Lunatic asylums Punjab 1895-1910 - 1895-1910
Year: 1895
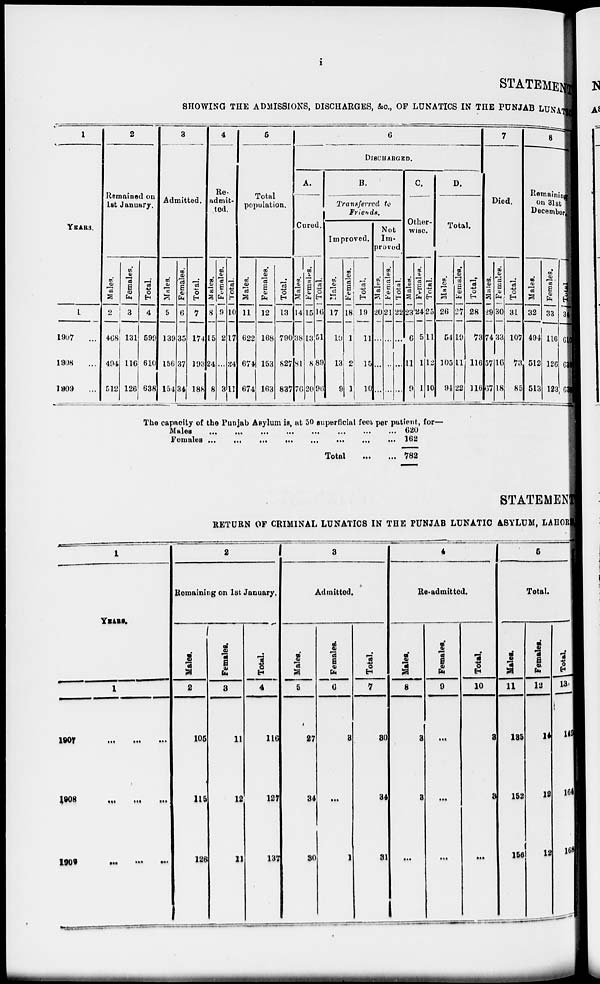
i
STATEMENT
SHOWING THE ADMISSIONS, DISCHARGES, &c., OF LUNATICS IN THE PUNJAB LUNATIC
1
YEARS.
1
1907...
l908...
1909...
2
Remained on
1st January.
Males.
2
468
494
512
Females.
3
131
116
126
Total.
4
599
610
638
3
Admitted.
Males.
5
139
156
154
Females.
6
35
37
34
Total.
7
174
193
188
4
Re-
admit-
ted.
Males.
8
15
24
8
Females.
9
2
...
3
Total.
10
17
24
11
5
Total
population.
Males.
11
622
674
674
Females.
12
168
153
163
Total.
13
790
827
837
6
DISCHARGED.
A.
Cured.
Males.
14
38
8l
76
Females.
15
13
8
20
Total.
16
51
89
96
B.
Transferred to
Friends.
Improved.
Males.
17
10
13
9
Females.
18
1
2
1
Total.
19
11
15
10
Not
Im-
proved
Males.
20
...
...
...
Females.
21
...
...
...
Total.
22
...
...
...
C.
Other-
wise.
Males.
23
6
11
9
Females.
24
5
1
1
Total.
25
11
12
10
D.
Total.
Males.
26
54
105
94
Females.
27
19
11
22
Total.
28
73
116
116
7
Died.
Males.
29
74
57
67
Females.
30
33
16
18
Total.
31
107
73
85
8
Remaining
on 31st
December
Males.
32
494
512
513
Females.
33
116
126
123
Total.
3
6
62
62
The capacity of the Punjab Asylum is, at 50 superficial feet per patient, for—
Males ... ... ... ... ... ... ... ...
Females ... ... ... ... ... ... ... ...
Total
...
...
020
162
782
STATEMENT
RETURN OF CRIMINAL LUNATICS IN THE PUNJAB LUNATIC ASYLUM, LAHOR
1
YEARS.
1
1907
...
...
...
1908 ... ... ...
1909
...
...
...
2
Remaining on 1st January.
Males.
2
105
115
126
Females.
3
11
12
11
Total.
4
116
127
137
3
Admitted.
Males.
5
27
34
30
Females.
6
8
...
1
Total.
7
80
34
31
4
Re-admitted.
Males.
8
3
3
...
Females.
9
...
...
...
Total.
10
3
3
...
5
Total.
Males.
11
135
152
156
Females.
12
14
12
12
Total.
13
149
164
169